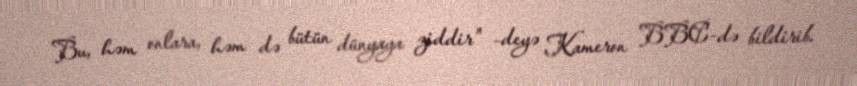
Bu, həm onlara, həm də bütün dünyaya ziddir" –deyə Kameron BBC-də bildirib.